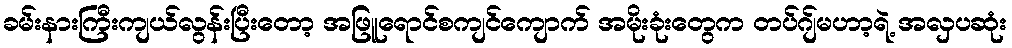
ခမ်းနားကြီးကျယ်လွန်းပြီးတော့ အဖြူရောင်စကျင်ကျောက် အမိုးခုံးတွေက တပ်ဂျ်မဟာ့ရဲ့ အလှပဆုံး